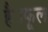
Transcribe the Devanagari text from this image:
है।फूल